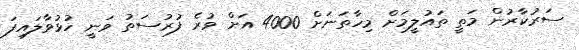
ސަރުކާރުން މަތީ ތައުލީމަށް މިހާތަނަށް 4000 އަށް ވުރެ ފުރުސަތު ވަނީ ހުޅުވާލައިފަ